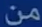
من